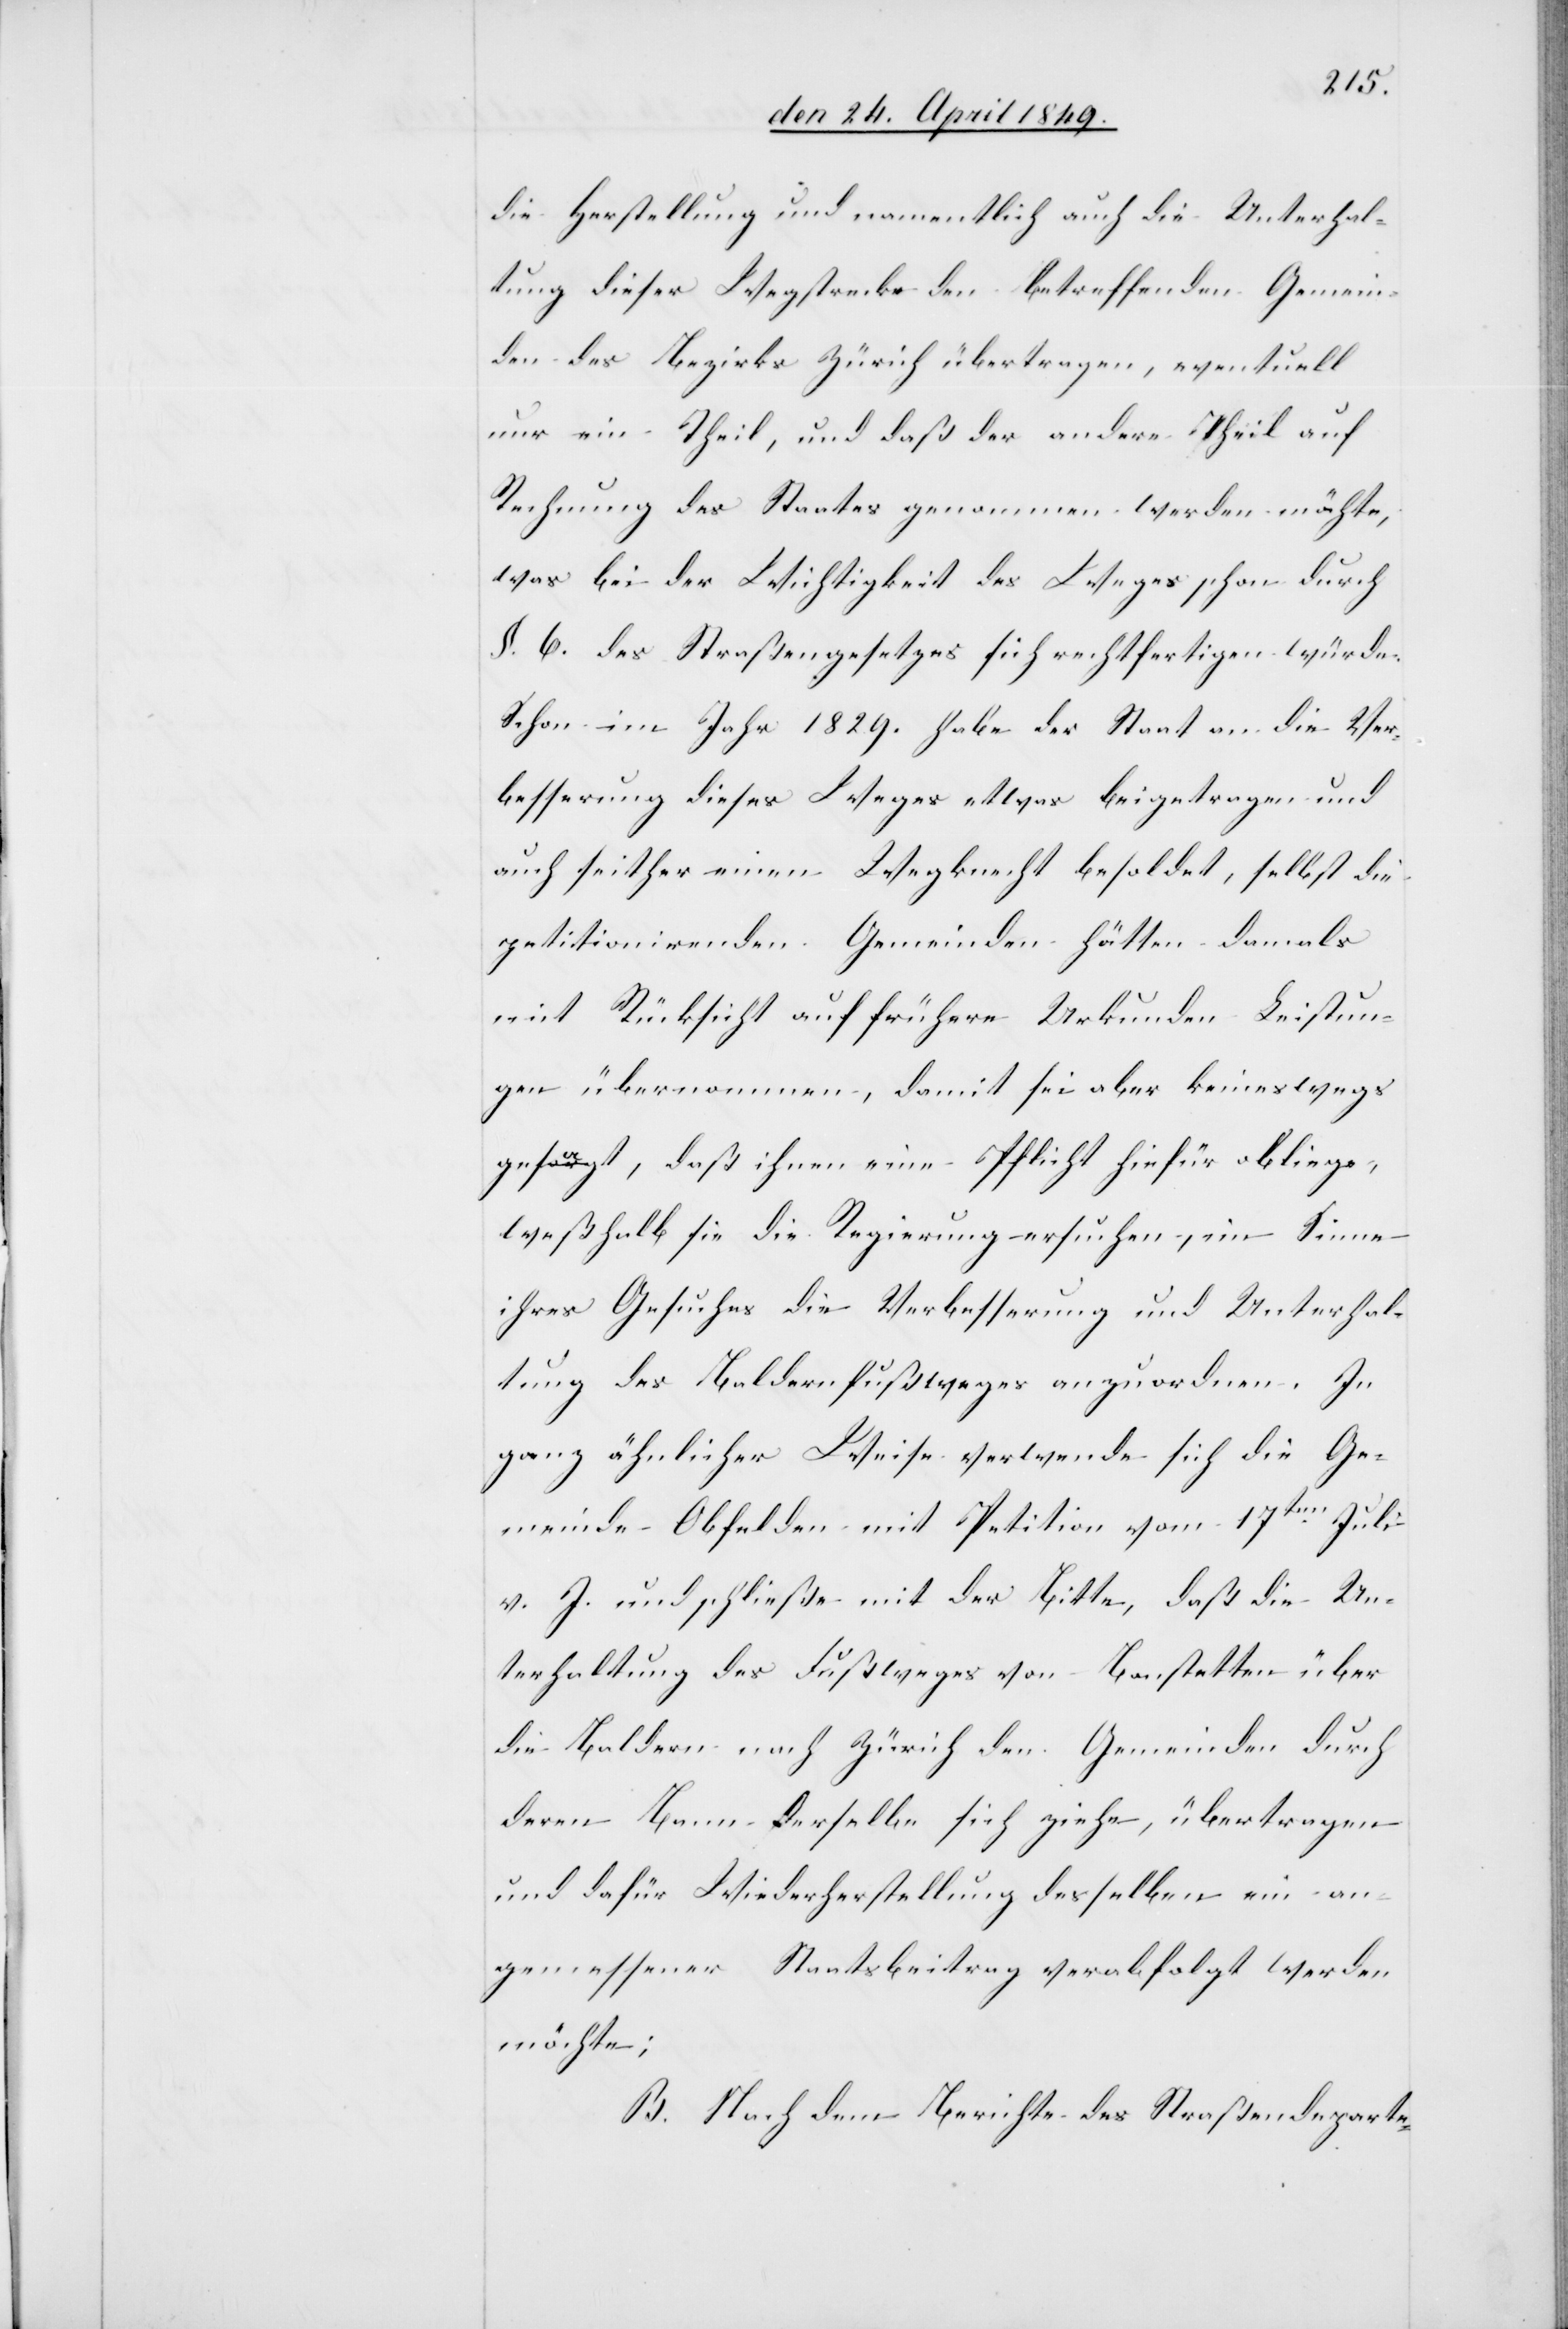
die Herstellung und namentlich auch die Unterhal¬
tung dieser Wegstrecke den betreffenden Gemein¬
den des Bezirks Zürich übertragen, eventuell
nur ein Theil, und daß der andere Theil auf
Rechnung des Staates genommen werden möchte,
was bei der Wichtigkeit des Weges schon durch
§. 6. des Straßengesetzes sich rechtfertigen würde.
Schon im Jahr 1829. habe der Staat an die Ver¬
besserung dieses Weges etwas beigetragen und
auch seither einen Wegknecht besoldet, selbst die
petitionirenden Gemeinden hätten damals
mit Rücksicht auf frühere Urkunden Leistun¬
gen übernommen, damit sei aber keineswegs
gesagt, daß ihnen eine Pflicht hiefür obliege,
weßhalb sie die Regierung ersuchen, im Sinne
ihres Gesuches die Verbesserung und Unterhal¬
tung des Baldernfußweges anzuordnen. In
ganz ähnlicher Weise verwende sich die Ge¬
meinde Obfelden mit Petition vom 17ten Juli
v. J. und schließe mit der Bitte, daß die Un¬
terhaltung des Fußweges von Bonstetten über
die Baldern nach Zürich den Gemeinden durch
deren Bann derselbe sich ziehe, übertragen
und dafür [für] Wiederherstellung desselben ein an¬
gemessener Staatsbeitrag verabfolgt werden
möchte;
B. Nach dem Berichte des Straßendeparte-